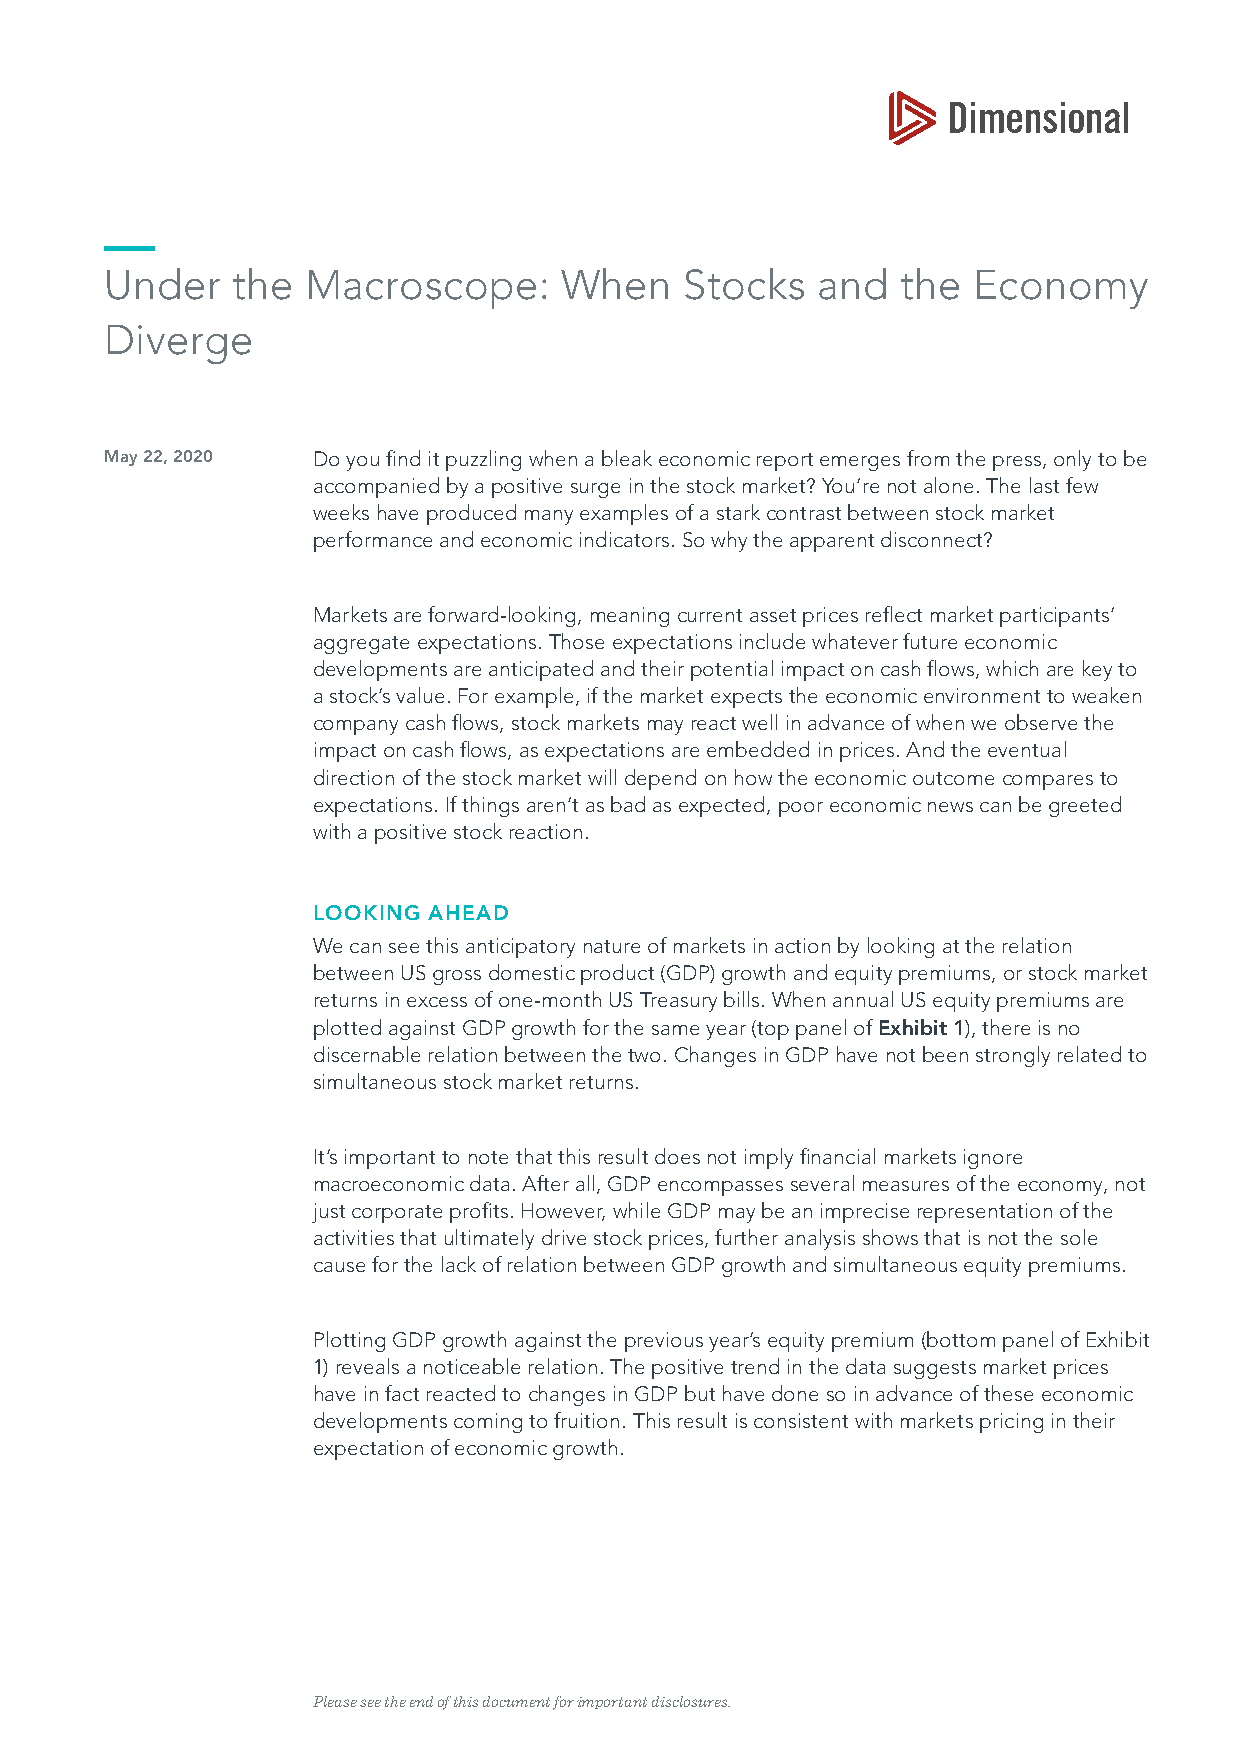
Under   the  Macroscope:      When    Stocks   and   the Economy
 Diverge
 May 22, 2020  Do you find it puzzling when a bleak economic report emerges from the press, only to be
 accompanied by a positive surge in the stock market? You’re not alone. The last few
 weeks have produced many examples of a stark contrast between stock market
 performance and economic indicators. So why the apparent disconnect?
 Markets are forward-looking, meaning current asset prices reflect market participants’
 aggregate expectations. Those expectations include whatever future economic
 developments are anticipated and their potential impact on cash flows, which are key to
 a stock’s value. For example, if the market expects the economic environment to weaken
 company cash flows, stock markets may react well in advance of when we observe the
 impact on cash flows, as expectations are embedded in prices. And the eventual
 direction of the stock market will depend on how the economic outcome compares to
 expectations. If things aren’t as bad as expected, poor economic news can be greeted
 with a positive stock reaction.
 LOOKING AHEAD
 We can see this anticipatory nature of markets in action by looking at the relation
 between US gross domestic product (GDP) growth and equity premiums, or stock market
 returns in excess of one-month US Treasury bills. When annual US equity premiums are
 plotted against GDP growth for the same year (top panel of Exhibit 1), there is no
 discernable relation between the two. Changes in GDP have not been strongly related to
 simultaneous stock market returns.
 It’s important to note that this result does not imply financial markets ignore
 macroeconomic data. After all, GDP encompasses several measures of the economy, not
 just corporate profits. However, while GDP may be an imprecise representation of the
 activities that ultimately drive stock prices, further analysis shows that is not the sole
 cause for the lack of relation between GDP growth and simultaneous equity premiums.
 Plotting GDP growth against the previous year’s equity premium (bottom panel of Exhibit
 1) reveals a noticeable relation. The positive trend in the data suggests market prices
 have in fact reacted to changes in GDP but have done so in advance of these economic
 developments coming to fruition. This result is consistent with markets pricing in their
 expectation of economic growth.
 Please see the end of this document for important disclosures.